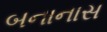
બનાનાસ